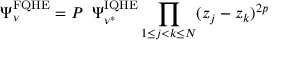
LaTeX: \Psi _ { \nu } ^ { \mathrm { { F Q H E } } } = P \; \; \Psi _ { \nu ^ { * } } ^ { \mathrm { { I Q H E } } } \prod _ { 1 \leq j < k \leq N } ( z _ { j } - z _ { k } ) ^ { 2 p }